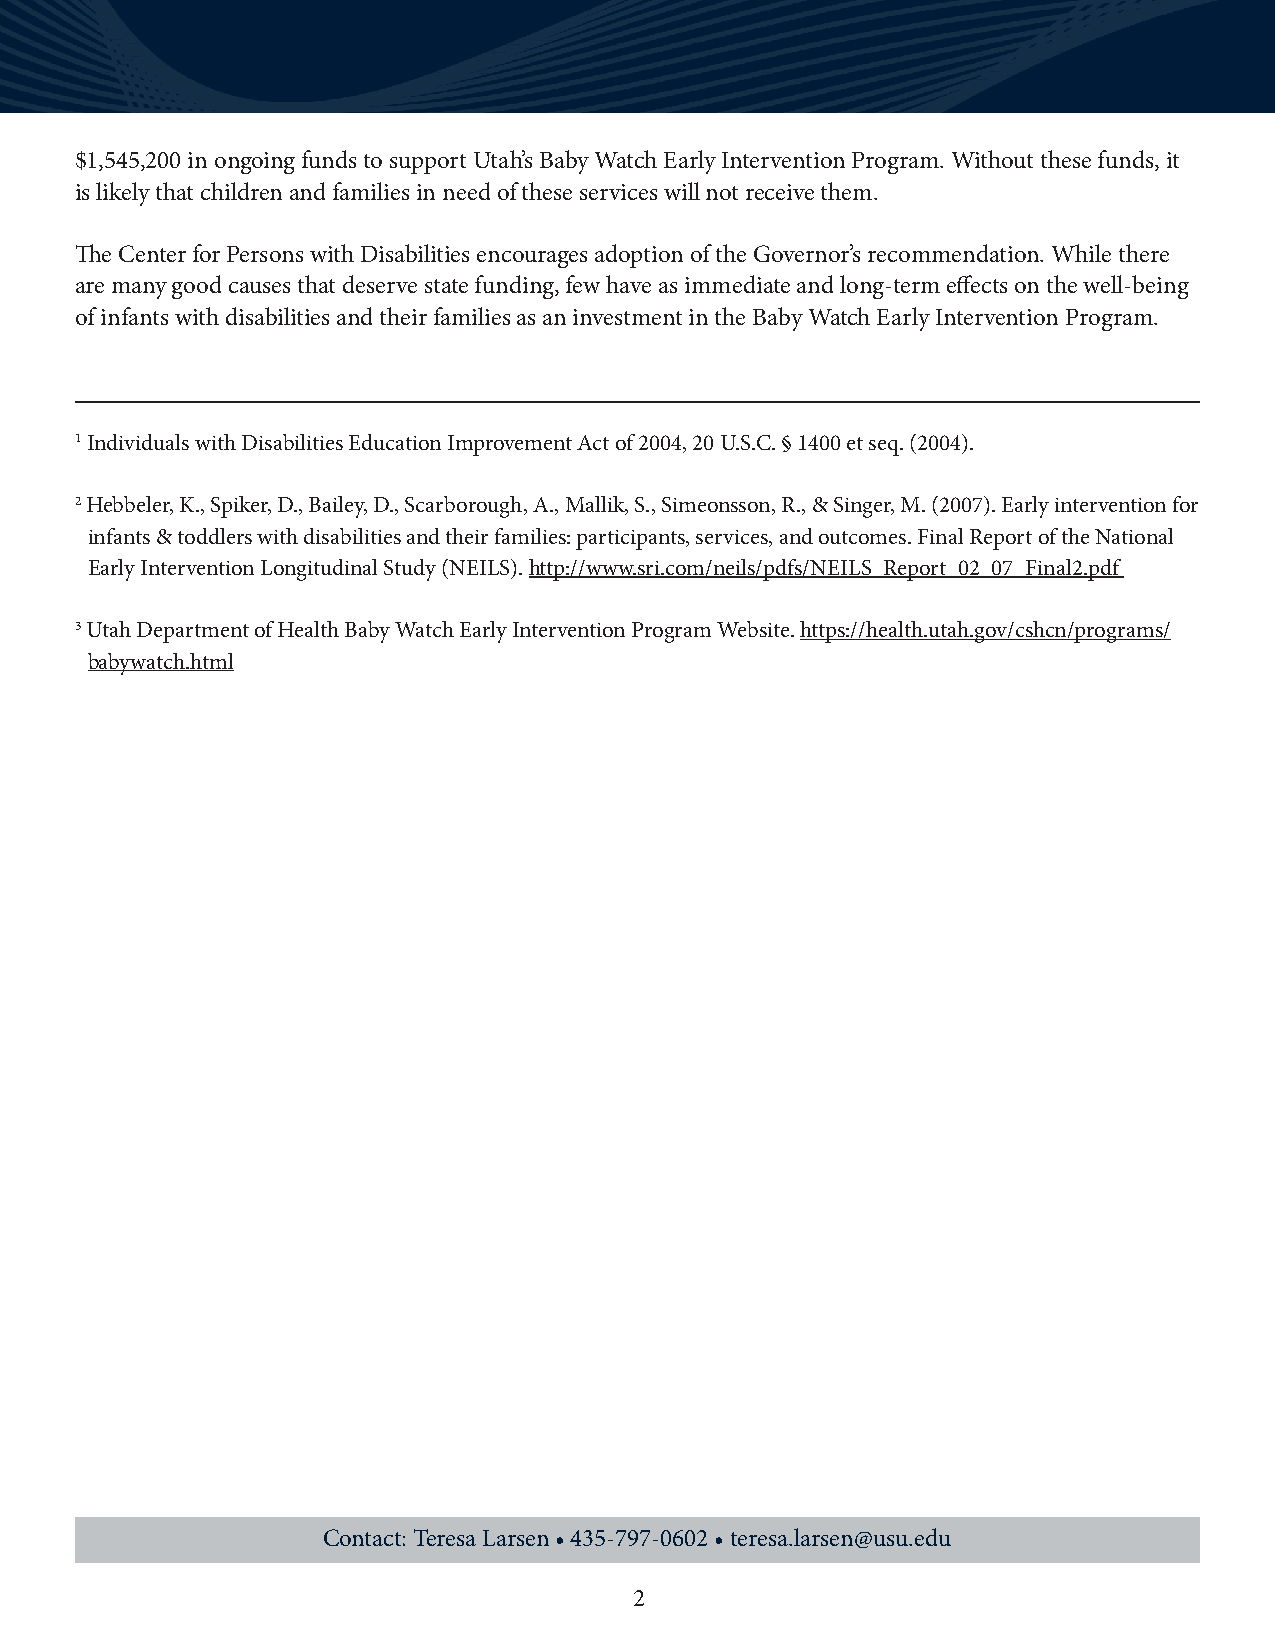
$1,545,200 in ongoing funds to support Utah’s Baby Watch Early Intervention Program. Without these funds, it
 is likely that children and families in need of these services will not receive them.
 The Center for Persons with Disabilities encourages adoption of the Governor’s recommendation. While there
 are many good causes that deserve state funding, few have as immediate and long-term effects on the well-being
 of infants with disabilities and their families as an investment in the Baby Watch Early Intervention Program.
 1 Individuals with Disabilities Education Improvement Act of 2004, 20 U.S.C. § 1400 et seq. (2004).
 2 Hebbeler, K., Spiker, D., Bailey, D., Scarborough, A., Mallik, S., Simeonsson, R., & Singer, M. (2007). Early intervention for
 infants & toddlers with disabilities and their families: participants, services, and outcomes. Final Report of the National
 Early Intervention Longitudinal Study (NEILS). http://www.sri.com/neils/pdfs/NEILS_Report_02_07_Final2.pdf
 3 Utah Department of Health Baby Watch Early Intervention Program Website. https://health.utah.gov/cshcn/programs/
 babywatch.html
 Contact: Teresa Larsen • 435-797-0602 • teresa.larsen@usu.edu
 2